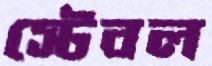
স্টেবল